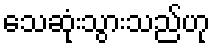
သေဆုံးသွားသည်ဟု